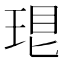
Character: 𤥛